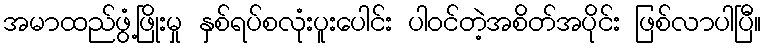
အမာထည်ဖွံ့ဖြိုးမှု နှစ်ရပ်စလုံးပူးပေါင်း ပါဝင်တဲ့အစိတ်အပိုင်း ဖြစ်လာပါပြီ။